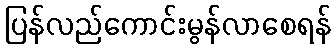
ပြန်လည်ကောင်းမွန်လာစေရန်